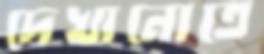
দেখানোতে